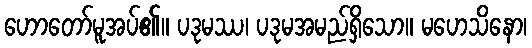
ဟောတော်မူအပ်၏။ ပဒုမဿ၊ ပဒုမအမည်ရှိသော။ မဟေသိနော၊